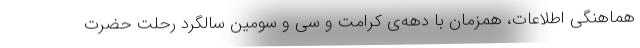
هماهنگی اطلاعات، همزمان با دهه‌ی کرامت و سی و سومین سالگرد رحلت حضرت